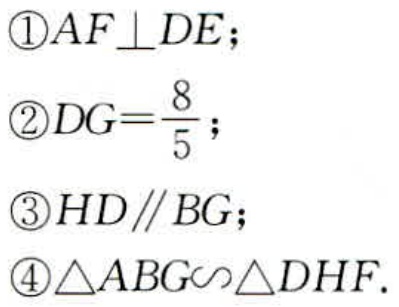
\textcircled{1}$AF\perp DE$；
\textcircled{2}$DG = \frac{8}{5}$；
\textcircled{3}$HD\parallel BG$；
\textcircled{4}$\triangle ABG\backsim\triangle DHF$.